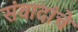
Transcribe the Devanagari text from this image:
संवादांचे